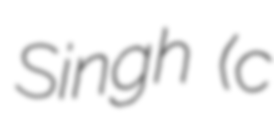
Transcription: Singh (c